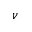
\nu